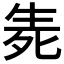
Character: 𱰗